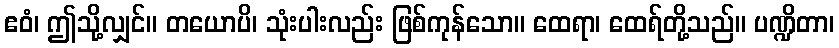
ဧဝံ၊ ဤသို့လျှင်။ တယောပိ၊ သုံးပါးလည်း ဖြစ်ကုန်သော။ ထေရာ၊ ထေရ်တို့သည်။ ပဏ္ဍိတာ၊